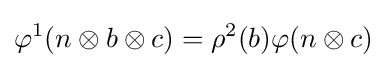
\varphi ^{1}(n\otimes b\otimes c)=\rho ^{2}(b)\varphi (n\otimes c)